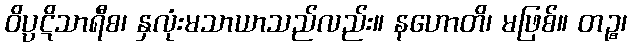
ဝိပ္ပဋိသာရီစ၊ နှလုံးမသာယာသည်လည်း။ နဟောတိ၊ မဖြစ်။ တဉ္စ၊